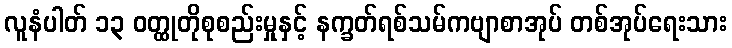
လူနံပါတ် ၁၃ ဝတ္ထုတိုစုစည်းမှုနှင့် နက္ခတ်ရစ်သမ်ကဗျာစာအုပ် တစ်အုပ်ရေးသား